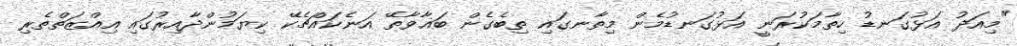
"މިއަދު އަޅުގަނޑު ހިތާމަކުރަނީ އަޅުގަނޑުމެން މިތާނގައި ތިބެގެން ބަޣާވާތޭ އަނެކައްޗެކޭ ކިޔަމުންދާއިރުގައި އިއްޒަތްތެރި